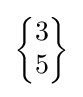
{\begin{Bmatrix}3\\5\end{Bmatrix}}